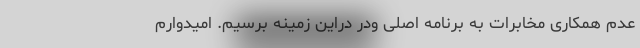
عدم همکاری مخابرات به برنامه اصلی ودر دراین زمینه برسیم. امیدوارم